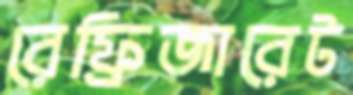
রেফ্রিজারেট